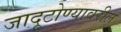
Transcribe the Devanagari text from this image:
जादूटोण्यावरील